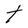
Character: t